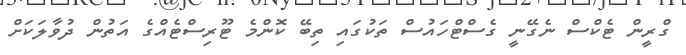
ގްރީން ޓެކްސް ނެގޭނީ ގެސްޓްހައުސް ތަކުގައި ތިބޭ ކޮންމެ ޓޫރިސްޓެއްގެ އަތުން ދުވާލަކަށް